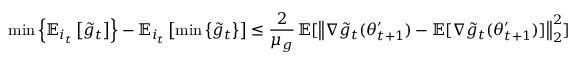
\operatorname* { m i n } \left\{ \mathbb { E } _ { i _ { t } } \left[ \tilde { g } _ { t } \right] \right\} - \mathbb { E } _ { i _ { t } } \left[ \operatorname* { m i n } \left\{ \tilde { g } _ { t } \right\} \right] \leq \frac { 2 } { \mu _ { g } } \, \mathbb { E } [ \left\| \nabla \tilde { g } _ { t } ( \theta _ { t + 1 } ^ { \prime } ) - \mathbb { E } [ \nabla \tilde { g } _ { t } ( \theta _ { t + 1 } ^ { \prime } ) ] \right\| _ { 2 } ^ { 2 } ]